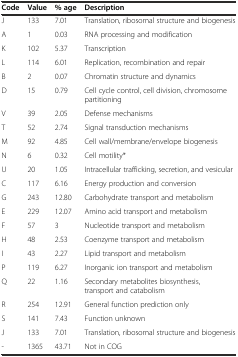
<table><thead><tr><td><b>Code</b></td><td><b>Value</b></td><td><b>% age</b></td><td><b>Description</b></td></tr></thead><tbody><tr><td>J</td><td>133</td><td>7.01</td><td>Translation, ribosomal structure and biogenesis</td></tr><tr><td>A</td><td>1</td><td>0.03</td><td>RNA processing and modification</td></tr><tr><td>K</td><td>102</td><td>5.37</td><td>Transcription</td></tr><tr><td>L</td><td>114</td><td>6.01</td><td>Replication, recombination and repair</td></tr><tr><td>B</td><td>2</td><td>0.07</td><td>Chromatin structure and dynamics</td></tr><tr><td>D</td><td>15</td><td>0.79</td><td>Cell cycle control, cell division, chromosome partitioning</td></tr><tr><td>V</td><td>39</td><td>2.05</td><td>Defense mechanisms</td></tr><tr><td>T</td><td>52</td><td>2.74</td><td>Signal transduction mechanisms</td></tr><tr><td>M</td><td>92</td><td>4.85</td><td>Cell wall/membrane/envelope biogenesis</td></tr><tr><td>N</td><td>6</td><td>0.32</td><td>Cell motility*</td></tr><tr><td>U</td><td>20</td><td>1.05</td><td>Intracellular trafficking, secretion, and vesicular</td></tr><tr><td>C</td><td>117</td><td>6.16</td><td>Energy production and conversion</td></tr><tr><td>G</td><td>243</td><td>12.80</td><td>Carbohydrate transport and metabolism</td></tr><tr><td>E</td><td>229</td><td>12.07</td><td>Amino acid transport and metabolism</td></tr><tr><td>F</td><td>57</td><td>3</td><td>Nucleotide transport and metabolism</td></tr><tr><td>H</td><td>48</td><td>2.53</td><td>Coenzyme transport and metabolism</td></tr><tr><td>I</td><td>43</td><td>2.27</td><td>Lipid transport and metabolism</td></tr><tr><td>P</td><td>119</td><td>6.27</td><td>Inorganic ion transport and metabolism</td></tr><tr><td>Q</td><td>22</td><td>1.16</td><td>Secondary metabolites biosynthesis, transport and catabolism</td></tr><tr><td>R</td><td>254</td><td>12.91</td><td>General function prediction only</td></tr><tr><td>S</td><td>141</td><td>7.43</td><td>Function unknown</td></tr><tr><td>J</td><td>133</td><td>7.01</td><td>Translation, ribosomal structure and biogenesis</td></tr><tr><td>-</td><td>1365</td><td>43.71</td><td>Not in COG</td></tr></tbody></table>